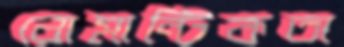
রোমান্টিকতা